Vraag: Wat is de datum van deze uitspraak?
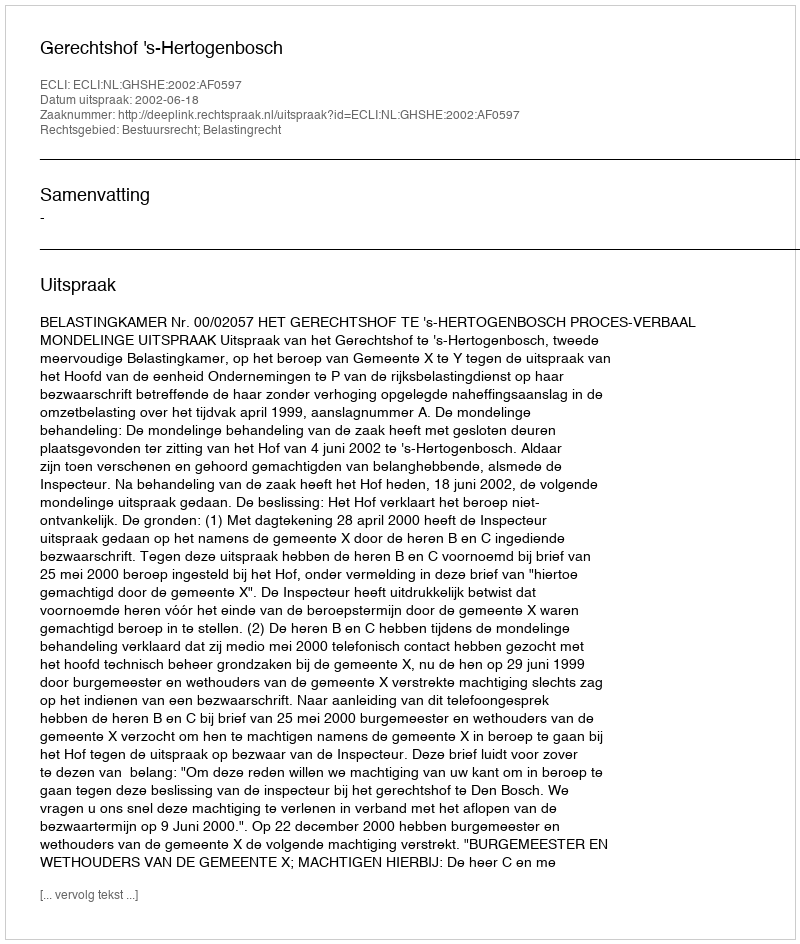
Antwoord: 2002-06-18